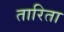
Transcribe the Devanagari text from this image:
तारिता